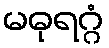
မဓုရဂ္ဂံ